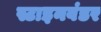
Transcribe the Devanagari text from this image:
स्टाइनवंडर